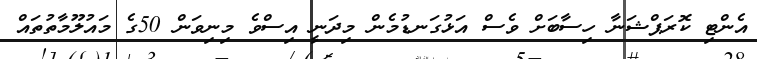
އެންޓި ކޮރަޕްޝަނާ ހިސާބަށް ވެސް އަޅުގަނޑުމެން މިދަނީ އިސްވެ މިނިވަން 50ގެ މައުލޫމާތުތައް